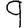
Digit: 9